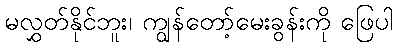
မလွှတ်နိုင်ဘူး၊ ကျွန်တော့်မေးခွန်းကို ဖြေပါ